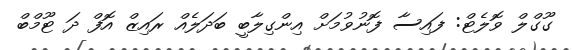
ގޫގްލް ވޮލެޓް: ފައިސާ ފޮނުވުމަށް އިންގިލާބީ ބަދަލެއް ރައިޒް އޮފް ދަ ޓޫމްބް